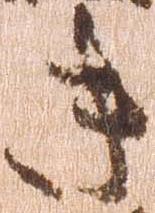
き